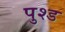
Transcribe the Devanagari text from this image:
पुश्ड